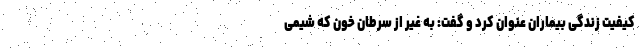
کیفیت زندگی بیماران عنوان کرد و گفت: به غیر از سرطان خون که شیمی